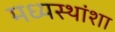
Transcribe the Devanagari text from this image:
मध्यस्थांशा